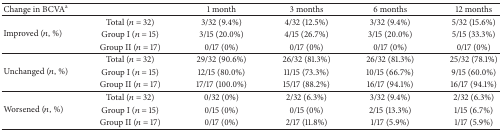
<table><thead><tr><td><b>Change in BCVA<sup>a</sup></b></td><td><b> </b></td><td><b>1 month</b></td><td><b>3 months</b></td><td><b>6 months</b></td><td><b>12 months</b></td></tr></thead><tbody><tr><td rowspan="3">Improved (<i>n</i>, %)</td><td>Total (<i>n</i> = 32)</td><td>3/32 (9.4%)</td><td>4/32 (12.5%)</td><td>3/32 (9.4%)</td><td>5/32 (15.6%)</td></tr><tr><td>Group I (<i>n</i> = 15)</td><td>3/15 (20.0%)</td><td>4/15 (26.7%)</td><td>3/15 (20.0%)</td><td>5/15 (33.3%)</td></tr><tr><td>Group II (<i>n</i> = 17)</td><td>0/17 (0%)</td><td>0/17 (0%)</td><td>0/17 (0%)</td><td>0/17 (0%)</td></tr><tr><td rowspan="3">Unchanged (<i>n</i>, %)</td><td>Total (<i>n</i> = 32)</td><td>29/32 (90.6%)</td><td>26/32 (81.3%)</td><td>26/32 (81.3%)</td><td>25/32 (78.1%)</td></tr><tr><td>Group I (<i>n</i> = 15)</td><td>12/15 (80.0%)</td><td>11/15 (73.3%)</td><td>10/15 (66.7%)</td><td>9/15 (60.0%)</td></tr><tr><td>Group II (<i>n</i> = 17)</td><td>17/17 (100.0%)</td><td>15/17 (88.2%)</td><td>16/17 (94.1%)</td><td>16/17 (94.1%)</td></tr><tr><td rowspan="3">Worsened (<i>n</i>, %)</td><td>Total (<i>n</i> = 32)</td><td>0/32 (0%)</td><td>2/32 (6.3%)</td><td>3/32 (9.4%)</td><td>2/32 (6.3%)</td></tr><tr><td>Group I (<i>n</i> = 15)</td><td>0/15 (0%)</td><td>0/15 (0%)</td><td>2/15 (13.3%)</td><td>1/15 (6.7%)</td></tr><tr><td>Group II (<i>n</i> = 17)</td><td>0/17 (0%)</td><td>2/17 (11.8%)</td><td>1/17 (5.9%)</td><td>1/17 (5.9%)</td></tr></tbody></table>